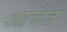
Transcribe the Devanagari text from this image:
आर्चेज